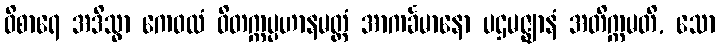
ဝိစာရေ အဒိသွာ ကေဝလံ ဝိတက္ကပ္ပဟာနမတ္တံ အာကင်္ခမာနော ပဌမဇ္ဈာနံ အတိက္ကမတိ, သော